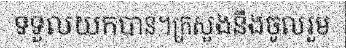
ទទួលយកបាន។ក្រសួងនឹងចូលរួម